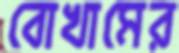
বোখামের